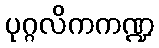
ပုဂ္ဂလိကကဏ္ဍ